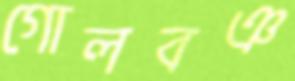
গোলবঞ